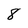
Character: 8